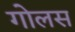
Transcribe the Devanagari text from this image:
गोलस